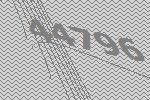
44796